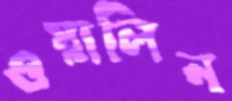
ওয়ালিন